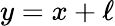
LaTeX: y=x+\ell